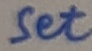
Text: Set